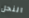
النحل